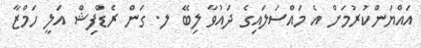
އައްޔަންކުރުމަށް އެ މައްސަލައިގެ ދައުވާ ލިބޭ ލ. ގަން ރެޑްފިޝް އަލީ ހަމްޒާ